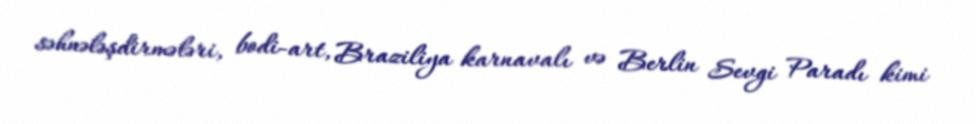
səhnələşdirmələri, bodi-art, Braziliya karnavalı və Berlin Sevgi Paradı kimi